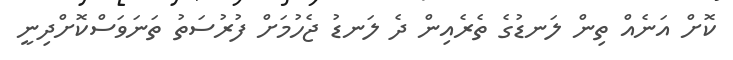
ކޮށް އަނެއް ތިން ލަނޑުގެ ތެރެއިން ދެ ލަނޑު ޖެހުމަށް ފުރުސަތު ތަނަވަސްކޮށްދިނީ